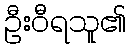
ဦးဝီရသူ၏